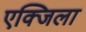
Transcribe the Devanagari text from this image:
एक्जिला